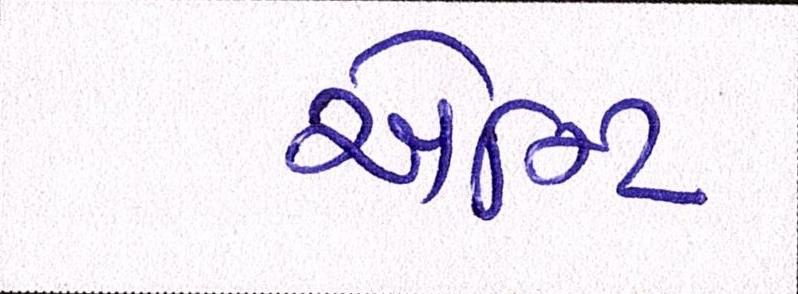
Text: એન્ટિ